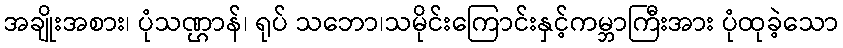
အချိုးအစား၊ ပုံသဏ္ဌာန်၊ ရုပ် သဘော၊သမိုင်းကြောင်းနှင့်ကမ္ဘာကြီးအား ပုံထုခဲ့သော